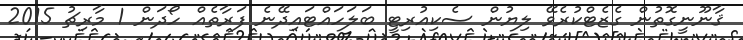
ޤާނޫނީގޮތުން ގެޒެޓްކުރެވޭ ލިޔުން ސެކިއުރިޓީ ބަލަހައްޓައިދޭނެ ފަރާތެއް ހޯދަން 1 މާރިޗު 2015